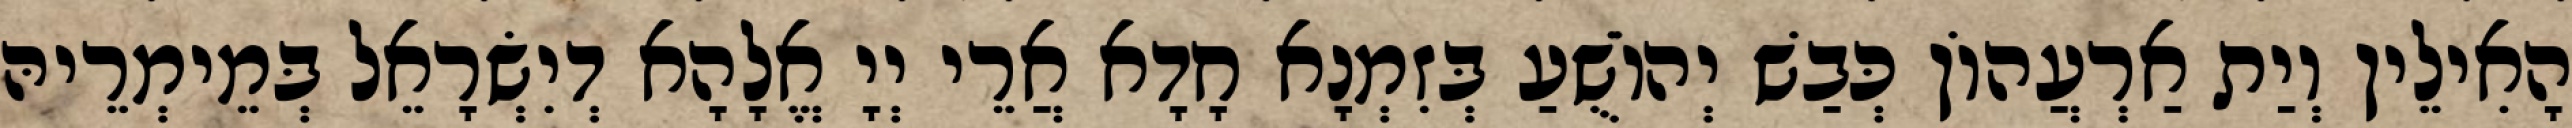
הָאִילֵין וְיַת אַרְעֲהוֹן כְּבַשׁ יְהוֹשֻׁעַ בְּזִמְנָא חָדָא אֲרֵי יְיָ אֱלָהָא דְיִשְׂרָאֵל בְּמֵימְרֵיהּ